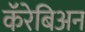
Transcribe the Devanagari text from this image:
कॅरेबिअन